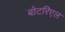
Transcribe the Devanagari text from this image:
बोटरिएल